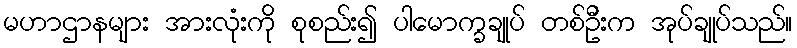
မဟာဌာနများ အားလုံးကို စုစည်း၍ ပါမောက္ခချုပ် တစ်ဦးက အုပ်ချုပ်သည်။